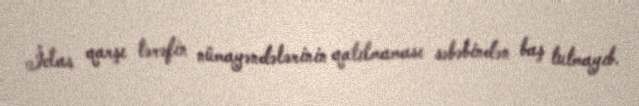
İclas qarşı tərəfin nümayəndələrinin qatılmaması səbəbindən baş tutmayıb.